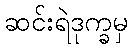
ဆင်းရဲဒုက္ခမှ